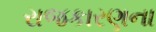
રાજકારણના